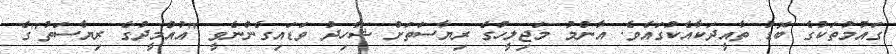
ގައުމުތަކުގެ ބޮޑު ތާއީދަކާއެކުގައެވެ. އާންމު މަޖިލީހުގެ ރިޔާސަތަށް ޝާހިދު ވަޑައިގެންނެވީ "އުއްމީދުގެ ރިޔާސަތު"ގެ